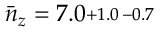
\bar { n } _ { z } = 7 . 0 \substack { + 1 . 0 \, - 0 . 7 }